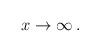
LaTeX: \begin{align*}x\rightarrow \infty \,. \end{align*}